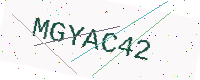
Text: MGYAC42